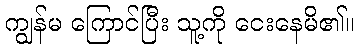
ကျွန်မ ကြောင်ပြီး သူ့ကို ငေးနေမိ၏။